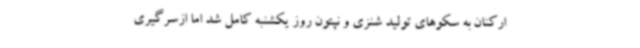
ارکنان به سکوهای تولید شنزی و نپتون روز یکشنبه کامل شد اما ازسرگیری